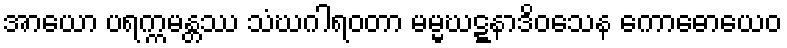
အာယော ပရက္ကမန္တဿ သံဃဂါရဝတာ မမ္မဃဋ္ဋနာဒိဝသေန ကောဓောယေဝ